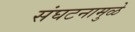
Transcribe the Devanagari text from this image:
संघटनामुळे